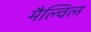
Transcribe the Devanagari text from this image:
मैल्विल